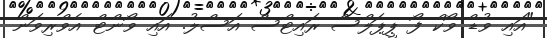
"އައި ވުޑް ވޯކް ފޯ ޕީޕަލްސް ރައިޓްސް އަސްލު. އައި ވޯންޓް އެވްރިވަން